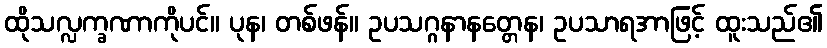
ထိုသလ္လက္ခဏာကိုပင်။ ပုန၊ တစ်ဖန်။ ဥပသဂ္ဂနာနတ္တေန၊ ဥပသာရအာဖြင့် ထူးသည်၏